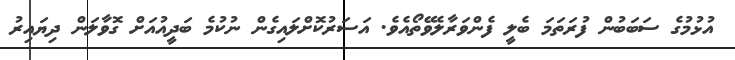
އުޅުމުގެ ސަބަބުން ފުރަތަމަ ބެލީ ފެންވަރާލެވޭތޯއެވެ. އަސަރުކޮށްލައިގެން ނުކުމެ ބަދީއުއަށް ގޮވާލަން ދިޔައިރު